Annual report on the Civil Veterinary Department, Burma (including the Insein Veterinary School) - 1923-1931
Year: 1923
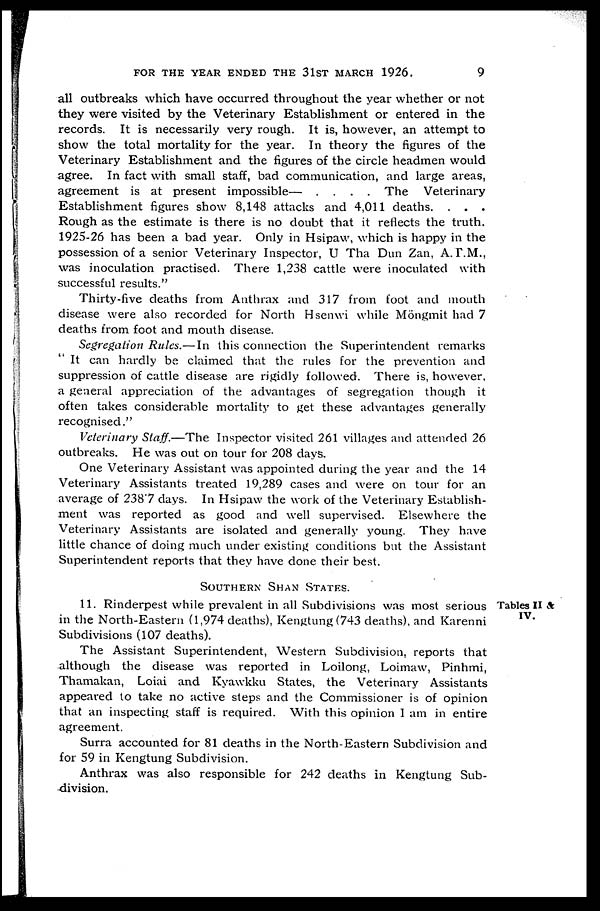
FOR THE YEAR ENDED THE 31ST MARCH 1926.
9
all outbreaks which have occurred throughout the year whether or not
they were visited by the Veterinary Establishment or entered in the
records. It is necessarily very rough. It is, however, an attempt to
show the total mortality for the year. In theory the figures of the
Veterinary Establishment and the figures of the circle headmen would
agree. In fact with small staff, bad communication, and large areas,
agreement is at present impossible— .
. . . The Veterinary
Establishment figures show 8,148 attacks and 4,011 deaths. . . .
Rough as the estimate is there is no doubt that it reflects the truth.
1925-26 has been a bad year. Only in Hsipaw, which is happy in the
possession of a senior Veterinary Inspector, U Tha Dun Zan, A.T.M.,
was inoculation practised. There 1,238 cattle were inoculated with
successful results."
Thirty-five deaths from Anthrax and 317 from foot and mouth
disease were also recorded for North Hsenwi while Möngmit had 7
deaths from foot and mouth disease.
Segregation Rules.—In this connection the Superintendent remarks
" It can hardly be claimed that the rules for the prevention and
suppression of cattle disease are rigidly followed. There is, however,
a general appreciation of the advantages of segregation though it
often takes considerable mortality to get these advantages generally
recognised."
Veterinary Staff.—The Inspector visited 261 villages and attended 26
outbreaks. He was out on tour for 208 days.
One Veterinary Assistant was appointed during the year and the 14
Veterinary Assistants treated 19,289 cases and were on tour for an
average of 238.7 days. In Hsipaw the work of the Veterinary Establish-
ment was reported as good and well supervised. Elsewhere the
Veterinary Assistants are isolated and generally young. They have
little chance of doing much under existing conditions but the Assistant
Superintendent reports that they have done their best.
SOUTHERN SHAN STATES.
Tables II &
IV.
11. Rinderpest while prevalent in all Subdivisions was most serious
in the North-Eastern (1,974 deaths), Kengtung (743 deaths), and Karenni
Subdivisions (107 deaths).
The Assistant Superintendent, Western Subdivision, reports that
although the disease was reported in Loilong, Loimaw, Pinhmi,
Thamakan, Loiai and Kyawkku States, the Veterinary Assistants
appeared to take no active steps and the Commissioner is of opinion
that an inspecting staff is required. With this opinion I am in entire
agreement.
Surra accounted for 81 deaths in the North-Eastern Subdivision and
for 59 in Kengtung Subdivision.
Anthrax was also responsible for 242 deaths in Kengtung Sub-
division.